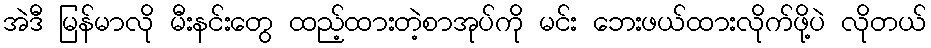
အဲဒီ မြန်မာလို မီးနင်းတွေ ထည့်ထားတဲ့စာအုပ်ကို မင်း ဘေးဖယ်ထားလိုက်ဖို့ပဲ လိုတယ်